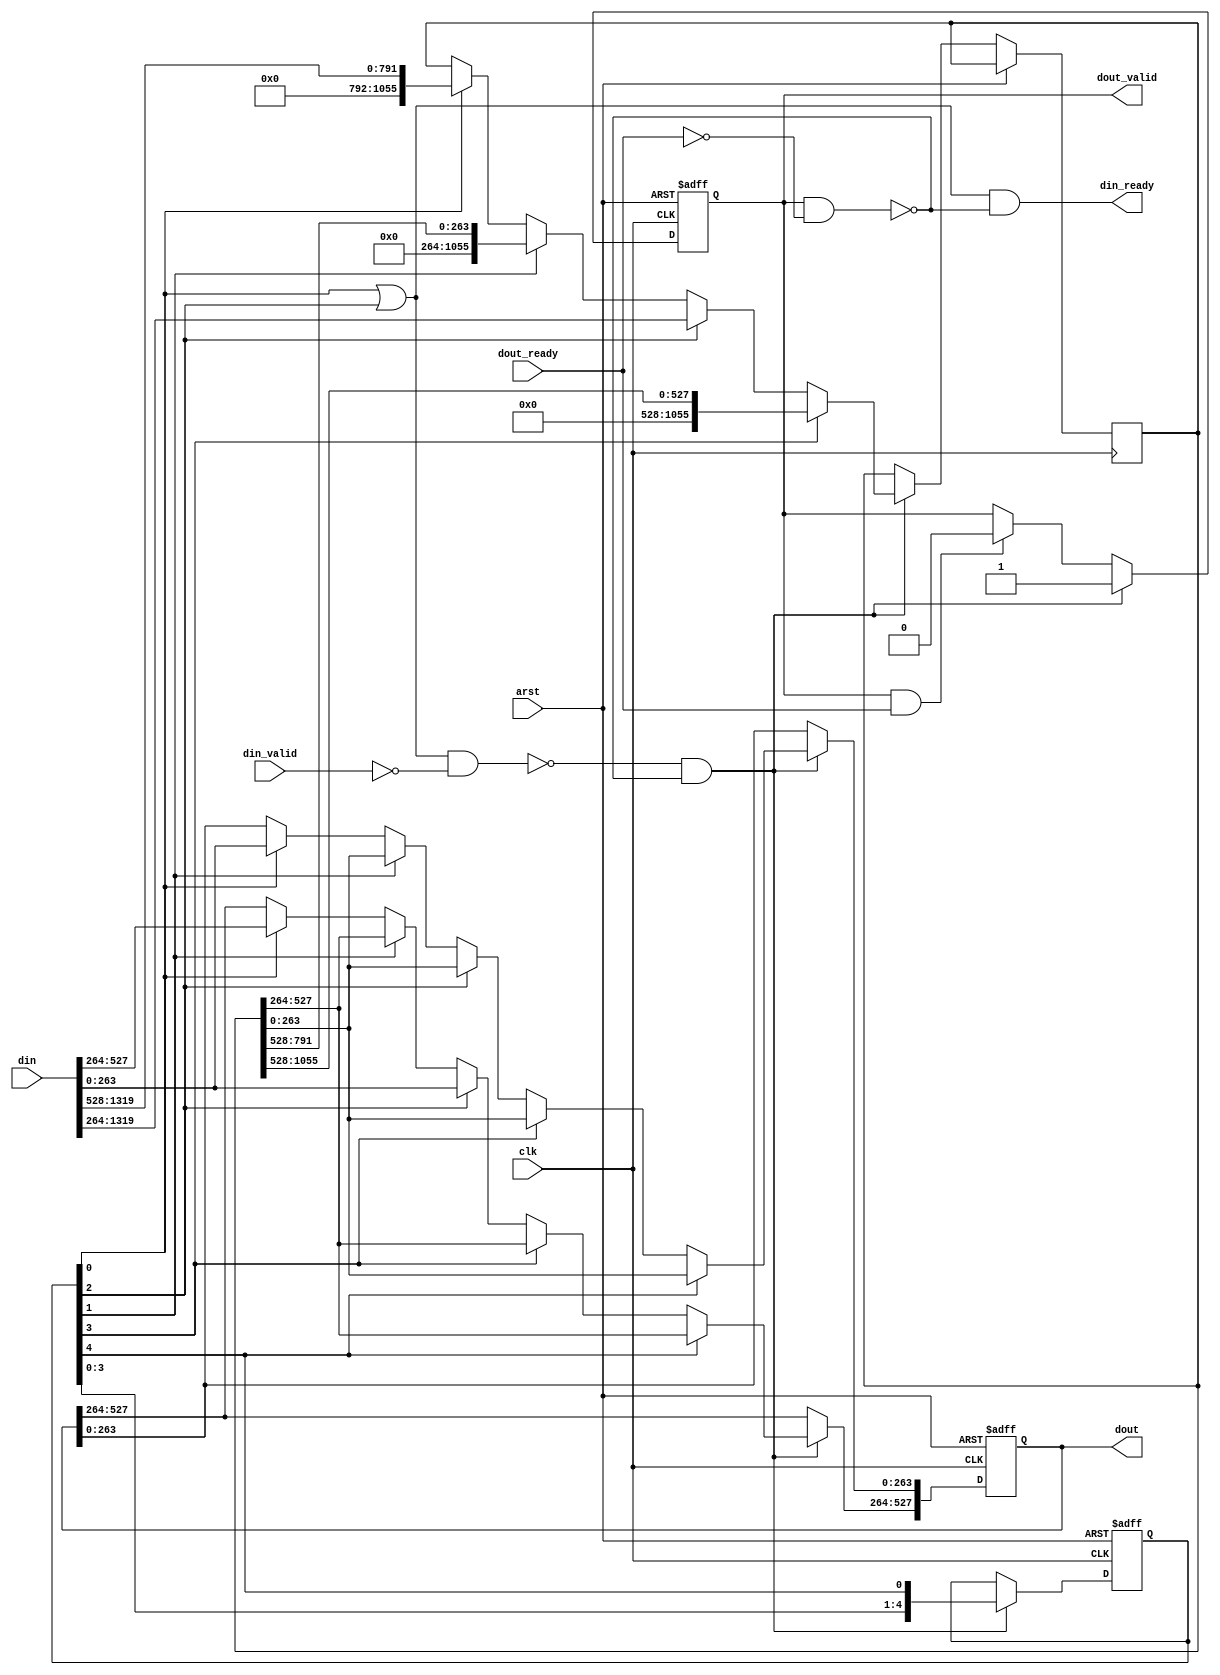
module twenty_to_eight #(
	parameter WORD_LEN = 66
)
(
	input clk,arst,
	
	input [20*WORD_LEN-1:0] din,
	input din_valid,
	output din_ready,
	
	output reg [8*WORD_LEN-1:0] dout,
	input dout_ready,
	output reg dout_valid
);

// Possible states :
//   0: holding 0, accept 20, 8 out
//   1: holding 12, no accept, 8 out
//   2: holding 4, accept 20, 8 out
//   3: holding 16, no accept, 8 out
//   4: holding 8, no accept, 8 out
reg [4:0] state;

wire din_wanted = state[0] | state[2];
wire input_wait = din_wanted & !din_valid;
wire output_wait = dout_valid & !dout_ready;
assign din_ready = din_wanted & !output_wait;

always @(posedge clk or posedge arst) begin
	if (arst) state <= 5'b1;
	else if (!input_wait & !output_wait) 
		state <= {state [3:0],state[4]};
end

reg [16*WORD_LEN-1:0] surplus;
always @(posedge clk or posedge arst) begin
	if (arst) begin
		dout <= 0;
		dout_valid <= 0;
	end
	else begin
		if (dout_valid & dout_ready) dout_valid <= 1'b0;		
		if (!input_wait & !output_wait) begin
			dout_valid <= 1'b1;
			if (state[0]) begin
				dout <= din[8*WORD_LEN-1:0];
				surplus <= din[20*WORD_LEN-1:8*WORD_LEN];				
			end
			if (state[1]) begin 
				dout <= surplus[8*WORD_LEN-1:0];
				surplus <= {{(12*WORD_LEN){1'b0}},surplus[12*WORD_LEN-1:8*WORD_LEN]};				
			end
			if (state[2]) begin
				dout[4*WORD_LEN-1:0] <= surplus[4*WORD_LEN-1:0];
				dout[8*WORD_LEN-1:4*WORD_LEN] <= din[4*WORD_LEN-1:0];
				surplus <= din[20*WORD_LEN-1:4*WORD_LEN];
			end
			if (state[3]) begin
				dout <= surplus[8*WORD_LEN-1:0];
				surplus <= {{(8*WORD_LEN){1'b0}},surplus[16*WORD_LEN-1:8*WORD_LEN]};
			end
			if (state[4]) begin
				dout <= surplus[8*WORD_LEN-1:0];
			end
		end
	end	
end
endmodule